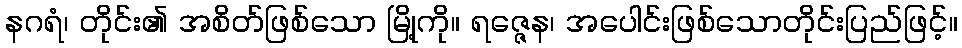
နဂရံ၊ တိုင်း၏ အစိတ်ဖြစ်သော မြို့ကို။ ရဇ္ဇေန၊ အပေါင်းဖြစ်သောတိုင်းပြည်ဖြင့်။